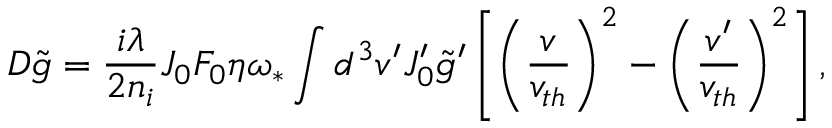
{ \cal D } \tilde { g } = \frac { i \lambda } { 2 n _ { i } } J _ { 0 } F _ { 0 } \eta \omega _ { \ast } \int d ^ { 3 } v ^ { \prime } J _ { 0 } ^ { \prime } \tilde { g } ^ { \prime } \left[ \left( \frac { v } { v _ { t h } } \right) ^ { 2 } - \left( \frac { v ^ { \prime } } { v _ { t h } } \right) ^ { 2 } \right] ,